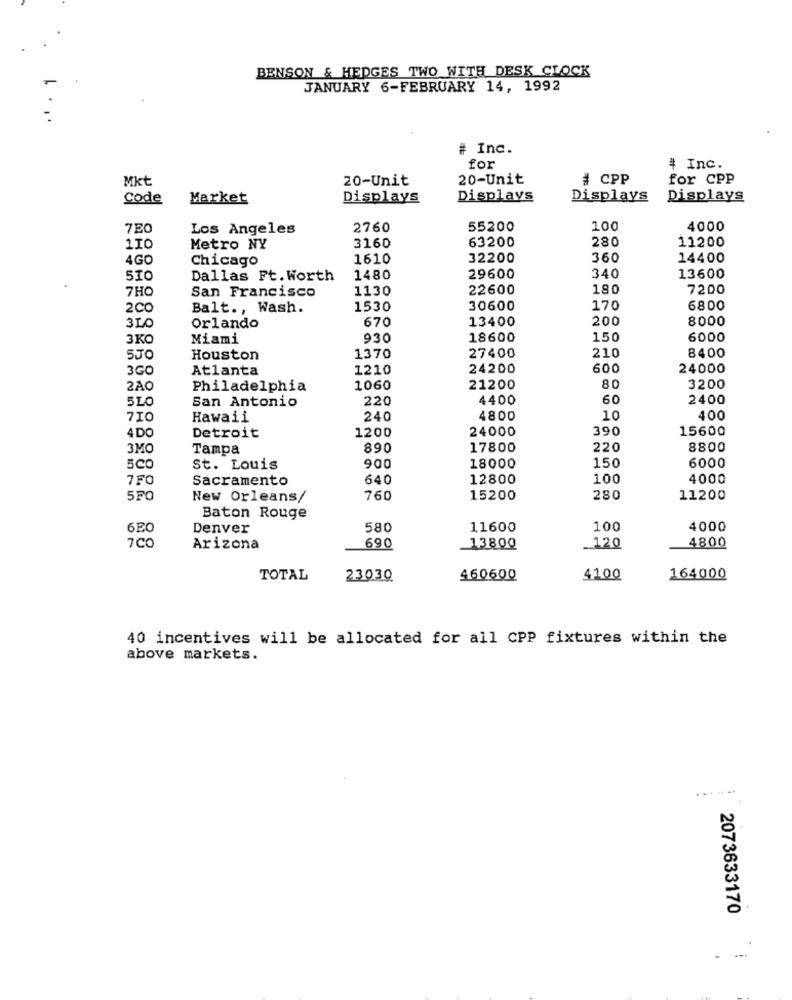
BENSON & HEDGES TWO WITH DESK CLOCK
JANUARY 6-FEBRUARY 14, 1992
# Inc.
for
# Inc.
Mkt
20-Unit
20-Unit
# CPP
for CPP
code
Market
Displays
Displays
Displays
Displays
7E0
Los Angeles
2760
55200
100
4000
63200
280
11200
110
Metro NY
3160
4GO
Chicago
1610
32200
360
14400
510
Dallas Ft. Worth
1480
29600
340
13600
7HO
San Francisco
1130
22600
180
7200
Balt ., Wash.
1530
30600
170
6800
670
13400
200
8000
3LO
Orlando
3KO
Miami
930
18600
150
6000
5JO
Houston
1370
27400
210
8400
3GO
Atlanta
1210
24200
600
24000
2AO
Philadelphia
1060
21200
80
3200
5LO
San Antonio
220
4400
60
2400
710
Hawaii
240
4800
10
400
4 DO
Detroit
1200
24000
390
15600
3MO
Tampa
890
17800
220
8800
5CO
St. Louis
900
18000
150
6000
7 FO
Sacramento
640
12800
100
4000
5FO
New Orleans/
760
15200
280
11200
Baton Rouge
6E0
Denver
580
11600
100
4000
7CO
Arizona
690
13800
120
4800
TOTAL
23030
460600
41.00
164000
40 incentives will be allocated for all CPP fixtures within the
above markets.
....-
2073633170